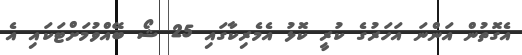
އެގޮތުން އަންނަ އަހަރުގެ ކުރީ ކޮޅު އެމެރިކާގައި 25 ޝޯ ބޭއްވުމަށްޓަކައި އެ